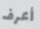
أعرف